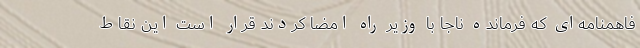
فاهمنامه‌ای که فرمانده ناجا با وزیر راه امضا کردند قرار است این نقاط